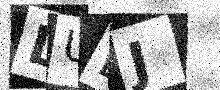
Text: LUEJ